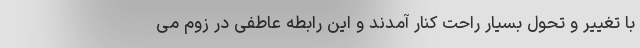
با تغییر و تحول بسیار راحت کنار آمدند و این رابطه عاطفی در زوم می